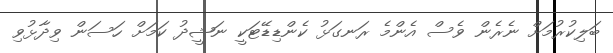
ބަލިކުރުމަށް ނެރެން ވެސް އެންމެ ރަނގަޅު ކެންޑިޑޭޓަކީ ނަޝީދު ކަމަށް ހަސަން ވިދާޅުވި